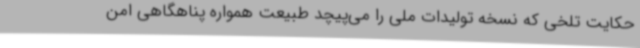
حکایت تلخی که نسخه تولیدات ملی را می‌پیچد طبیعت همواره پناهگاهی امن